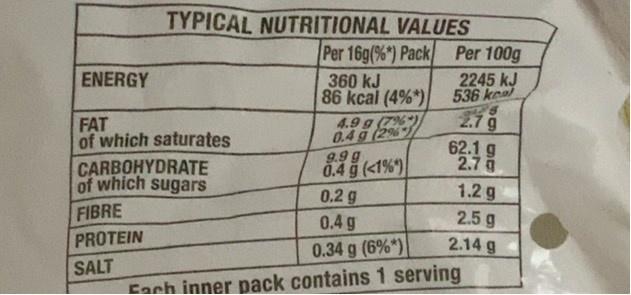
TYPICAL NUTRITIONAL VALUES Per 16g(%*) Pack
Per 100g
ENERGY
2245 kJ 536 kea 2.7 g 62.1 g 2.7
360 kJ 86 kcal (4%*)
FAT of which saturates
4.9 g (7% 0.4 g (2% 9.9g 0.4 g (<1%)
CARBOHYDRATE of which sugars
0.2 g
1.2 g
FIBRE
2.5 g 2.14 g
0.4 g
PROTEIN
0.34 g (6%*)
SALT Cach inner pack contains 1 serving